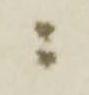
ニ